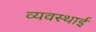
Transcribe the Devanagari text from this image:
व्यवस्थाई